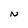
Character: N